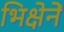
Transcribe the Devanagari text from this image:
भिक्षेनें